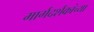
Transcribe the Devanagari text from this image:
मार्गदर्शकांच्या